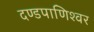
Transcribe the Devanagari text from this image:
दण्‍डपाणिश्‍वर